Vital statistics of India. Vol. IV, Annual returns from 1871 to 1876. British Army of India, Native Army and jails of Bengal
Year: 1871
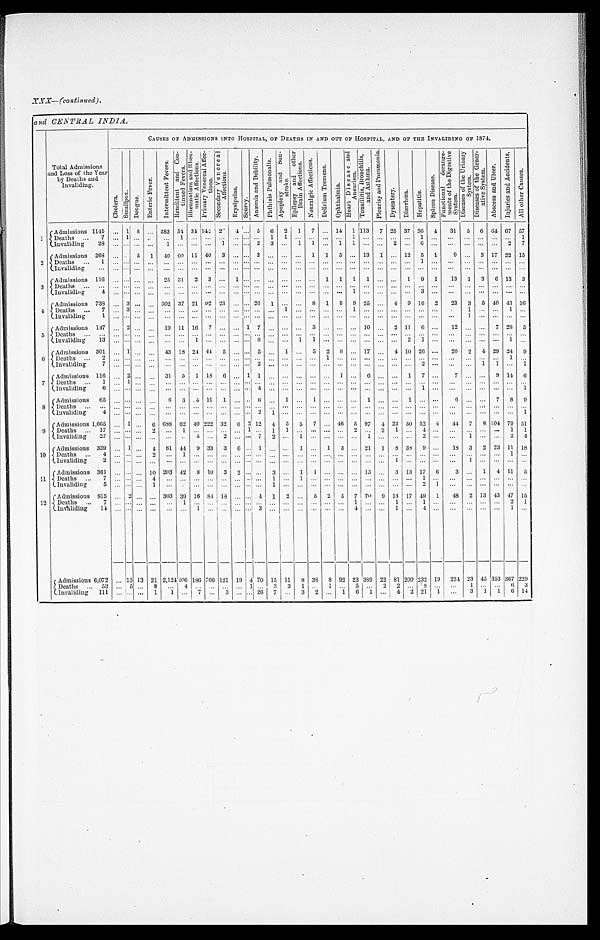
XXX—(continued).
and CENTRAL INDIA.
Total Admissions
and Loss of the Year
by Deaths and
Invaliding.
CAUSES OF ADMISSIONS INTO HOSPITAL, OF DEATHS IN AND OUT OF HOSPITAL, AND OF THE INVALIDING OF 1874.
C h o l e r a .
S m a l l p o x .
D e n g u e .
E n t e r i c F e v e r .
I n t e r m i t t e n t F e v e r s .
R e m i t t e n t a n d C o n - t i n u e d F e v e r s . R h e u m a t i s m a n d R h e u - m a t i c A f f e c t i o n s .
P r i m a r y V e n e r e a l A f f e c - t i o n s .
S e c o n d a r y V e n e r e a l A f f e c t i o n s .
E r y s i p e l a s .
S c u r y .
A n æ m i a a n d D e b i l i t y . P h t h i s i s P u l m o n a l i s .
A p o p l e x y a n d S u n - S t r o k e .
E p i l e p s y a n d o t h e r B r a i n A f f e c t i o n s .
N e u r a l g i c A f f e c t i o n s .
D e l i r i u m T r e m e n s .
O p h t h a l m i a .
H e a r t D i s e a s e a n d A n e u r i s m . T o n s i l l i t i s , B r o n c h i t i s , a n d A s t h m a .
P l e u r i s y a n d P n e u m o n i a .
D y s e n t e r y . D i a r r h œ a .
H e p a t i t i s .
S p l e e n D i s e a s e .
F u n c t i o n a l d e r a n g e - m e n t s o f t h e D i g e s t i v e S y s t e m .
D i s e a s e s o f t h e U r i n a r y S y s t e m .
D i s e a s e s o f t h e G e n e r - a t i v e S y s t e m .
A b s c e s s a n d U l c e r .
I n j u r i e s a n d A c c i d e n t s .
A l l o t h e r C a u s e s .
1
A d m i s s i o n s 1 1 4 1
. . . 1 8 . . . 383 54 34 142 2
4 . . . 5 6 2 1 7 . . . 14 1 113 7 25 37 36 4
31 5 6 64 67 57
Deaths . . . 7
. . . 1
. . .
. . .
. . .
1 . . . . . .
. . . . . . . . . . . . 1
1
. . .
. . .
. . .
. . .
1
. . .
. . .
. . .
. . .
1
. . .
. . .
. . .
. . .
. . .
. . . 1
Invaliding 28
. . . . . .
. . .
. . .
1
. . .
. . . . . .
1
. . . . . . 2
3
. . .
1 1
. . .
1
1
. . .
. . .
2
. . .
6
. . .
. . .
. . .
. . .
. . .
2 7
2
Admissions 268 . . . . . . 5 1 40 60 11 40 3
. . . . . . 3
. . . . . . . . . 1 1 5 . . . 13 1 . . . 12 5 1
9
. . . 3 17 22 15
Deaths . . . 1
. . . . . .
. . .
. . .
. . .
. . .
. . . . . .
. . . . . . . . . . . . . . .
. . . . . . . . . . . .
. . .
. . .
. . .
. . . . . .
. . . . . .
. . .
. . . . . .
. . .
. . .
. . . . . .
Invaliding . . .
. . . . . .
. . .
. . .
. . .
. . .
. . . . . .
. . . . . . . . . . . . . . .
. . .
. . .
. . .
. . .
. . .
. . .
. . .
. . . . . .
. . .
. . .
. . . . . .
. . .
. . .
. . .
. . .
. . .
3
Admissions 116
. . . . . .
. . .
. . .
2 5
3 1
2 3
. . . 1 . . . . . . . . .
. . .
. . . . . . 1 1 1 1
. . . . . . 1 9 1
13 1 3 6 13 3
Deaths . . .
. . . . . .
. . . . . .
. . .
. . . . . . . . .
. . .
. . . . . . . . .
. . .
. . . . . . . . .
. . . . . .
. . .
. . .
. . . . . .
. . .
. . .
. . .
. . .
. . .
. . .
. . .
. . . . . .
Invaliding 4
. . . . . .
. . .
. . .
. . .
. . . . . . . . . . . . . . . . . . . . . . . . . . .
. . . . . .
. . .
. . .
1
. . .
. . . . . .
. . .
3
. . .
. . .
. . .
. . .
. . .
. . .
. . .
4 Admissions 738 . . . 3 . . .
. . . 302 37 21 92 23 . . . . . . 26 1
. . . . . . 8 1 9 9 25
. . . 4 9 16 2
23 3 5 40 43 36
De a t hs 7
. . . 3
. . .
. . .
. . .
. . .
. . . . . .
. . . . . . . . . . . . . . . 1
. . . . . .
. . .
. . .
1
. . .
. . . . . .
. . . . . .
. . .
. . . 1
. . .
. . .
1
. . .
Invaliding 1
. . . . . .
. . .
. . .
. . . . . .
. . . . . . . . .
. . .
. . . . . . . . . . . .
. . .
. . . . . .
. . . . . .
. . .
. . .
. . . . . .
. . . . . .
. . .
. . .
1
. . .
. . .
. . .
. . .
5
Admissions 147
. . . 2 . . .
. . . 19 11 16 7
. . .
. . . 1 7
. . . . . .
. . . 3
. . .
. . .
. . . 10
. . . 2 11 6
. . .
12
. . .
. . .
7 28 5
Deaths . . .
. . . . . .
. . .
. . .
. . .
. . .
. . . . . .
. . . . . .
. . . . . .
. . . . . .
. . . . . .
. . .
. . .
. . .
. . . . . . . . .
. . . . . .
. . .
. . . . . .
. . .
. . .
. . .
. . .
Invaliding 13
. . . . . . . . .
. . .
. . .
. . .
1 . . .
. . . . . . . . . 6
. . .
. . .
1 1
. . .
. . . . . .
. . .
. . . . . .
2
1
. . . . . .
. . .
. . .
. . .
1 . . .
6
Admissions 301
. . . 1
. . . . . . 43 18 24 44 5
. . . . . . 5 . . .
1
. . . 5 2 8
. . . 17
. . . 4 10 26
. . .
20
2 4 29 24 9
Deaths . . . 2
. . . . . .
. . .
. . .
. . .
. . .
. . . . . .
. . . . . . . . . . . . . . .
. . .
. . .
. . .
1
. . .
. . . . . .
. . . . . .
. . . . . .
. . .
. . .
. . .
. . .
. . . 1
. . .
Invaliding 7
. . . . . .
. . .
. . .
. . .
. . .
. . . . . .
. . . . . . . . . 2
. . .
. . .
. . .
. . . . . . . . .
. . .
. . .
. . . . . .
. . .
2
. . .
. . .
. . . 1
1
. . . 1
7 Admissions 116
. . . 2 . . .
. . . 31 5 1 18 6
. . . 1 1
. . .
. . . . . . . . . . . .
1
. . .
6
. . .
. . .
1 7
. . .
7
. . . . . .
9 14
6
Deaths . . . 1
. . . 1
. . .
. . .
. . .
. . . . . . . . .
. . . . . . . . . . . . . . .
. . .
. . .
. . .
. . .
. . .
. . .
. . .
. . .
. . .
. . . . . .
. . .
. . . . . .
. . .
. . .
. . .
. . .
Invaliding 6
. . . . . .
. . .
. . .
. . .
. . . . . . . . .
. . . . . . . . . 4
. . .
. . .
. . .
. . .
. . .
. . .
. . .
. . .
. . .
. . .
. . .
1
. . .
. . .
. . .
. . . . . .
. . .
1
8
A d m i s s i o n s 6 5
. . . . . . . . .
. . .
6
3 4 11 1
. . . . . . 6 . . .
1
. . . 1
. . .
. . .
. . .
1
. . .
. . .
1 . . .
. . .
6
. . .
. . . 7 8 9
Deaths . . .
. . . . . .
. . .
. . .
. . .
. . . . . . . . .
. . . . . . . . . . . . . . .
. . .
. . .
. . .
. . .
. . .
. . .
. . .
. . .
. . .
. . . . . .
. . .
. . .
. . .
. . .
. . .
. . .
. . .
Invaliding 4
. . . . . .
. . .
. . .
. . .
. . . . . . . . .
. . . . . . . . . 2
1
. . .
. . .
. . .
. . .
. . .
. . .
. . .
. . .
. . .
. . . . . .
. . .
. . .
. . .
. . .
. . .
. . .
1
9 Admissions 1,665
. . . 1 . . . 6 688 62 40 222 32 6 2 12 4 5 5 7
. . . 46 5 97 4 22 50 52 4
44 7
8 104 79 51
D e a t h s . . . 1 7
. . . . . .
. . .
2
. . .
1 . . . . . .
. . . . . . 1
. . . 1
1
. . .
. . .
. . .
. . . . . .
2
. . .
2 1
. . . 4
. . .
. . .
. . .
. . .
. . .
1 1
Invaliding 27
. . . . . .
. . .
. . .
. . .
. . .
5 . . .
2
. . . . . . 7
2
. . .
1 . . .
. . .
. . .
. . .
1
. . .
. . .
. . . 2
. . .
. . .
1
. . .
. . .
2 4
1 0
Admissions 339
. . . 1
. . .
4 81 44 9 33 3
6 . . . 1
. . .
. . . 1
. . . 1 3
. . .
21 1 8 38 9
. . .
18 3 2 23 11
1 8
Deaths . . . 4
. . . . . .
. . .
2
. . .
1 . . . . . .
. . . . . . . . . . . . . . . . . .
. . .
. . .
. . . . . .
. . .
. . .
. . . . . .
. . .
. . . . . .
. . .
. . .
. . .
. . .
1
. . .
Invaliding 2
. . . . . . . . .
. . .
. . .
. . . . . . . . .
. . .
. . . . . . . . . . . .
. . .
. . . . . .
. . . . . .
. . .
. . .
. . .
1 . . .
. . .
. . .
. . .
1 . . .
. . .
. . .
. . .
11
Admissions 361
. . . . . .
. . . 10 203 42 8 10 3 2 . . .
. . . 3
. . . 1 1 . . .
. . .
. . . 15
. . . 3 13 17
6
3
. . . 1 4 11 5
Deaths . . . 7
. . . . . .
. . .
4
. . .
. . . . . . . . .
. . . . . . . . . . . . 1
. . .
1 . . .
. . . . . .
. . .
. . .
. . . . . .
. . . 1
. . .
. . . . . .
. . .
. . .
. . . . . .
Invaliding 5
. . . . . .
. . .
1
. . .
. . . . . . . . .
. . . . . . . . . . . . 1
. . .
. . .
. . .
. . .
. . .
. . . . . .
. . . . . .
. . . 2 1
. . .
. . .
. . .
. . .
. . . . . .
1 2
Admissions 815
. . .
2
. . .
. . . 303 39 16 84 18
. . . . . . 4 1 2
. . . 5 2 5 7 70 9 13 17 49 1
48 2 13 43 47 15
Deaths . . . 7
. . . . . .
. . .
. . .
. . .
1 . . . . . .
. . . . . . . . . . . . . . .
. . .
. . .
. . .
. . .
. . .
1
. . .
. . .
1
. . . 1
. . .
. . .
. . .
. . .
. . .
2 1
Invaliding 14
. . . . . .
. . .
. . .
. . .
. . .
1 . . .
. . . . . . . . . 3
. . .
. . .
. . .
. . .
. . .
. . .
4
. . .
. . .
1
. . . 4
. . .
. . .
. . .
. . .
. . . 1
. . .
Admissions 6,072
. . . 13 13 21 2,124 406 186 706 121 19 4 70 15 11 8 38 8 92 23 389 22 81 200 232 19 234 23 45 353 367 229
Deaths . . .
53
. . . 5 . . . 8
. . . 4 . . . . . .
. . .
. . . 1 . . . 3 3 1 . . .
1 . . .
5
. . . 2 2
. . . 8
. . .
. . .
1
. . .
. . . 6 3
Invaliding 111
. . . . . .
. . . 1
1
. . . 7 . . .
3
. . . . . . 26 7
. . . 3 2 . . . 1 6 1
. . . 4
2 21 1
. . .
3 1 1 6 14